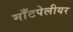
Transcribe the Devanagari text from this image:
माँटपेलीयर